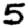
Digit: 5